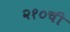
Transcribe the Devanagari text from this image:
२१०ची